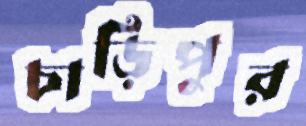
চাড়িপুর